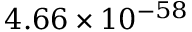
4 . 6 6 \times 1 0 ^ { - 5 8 }